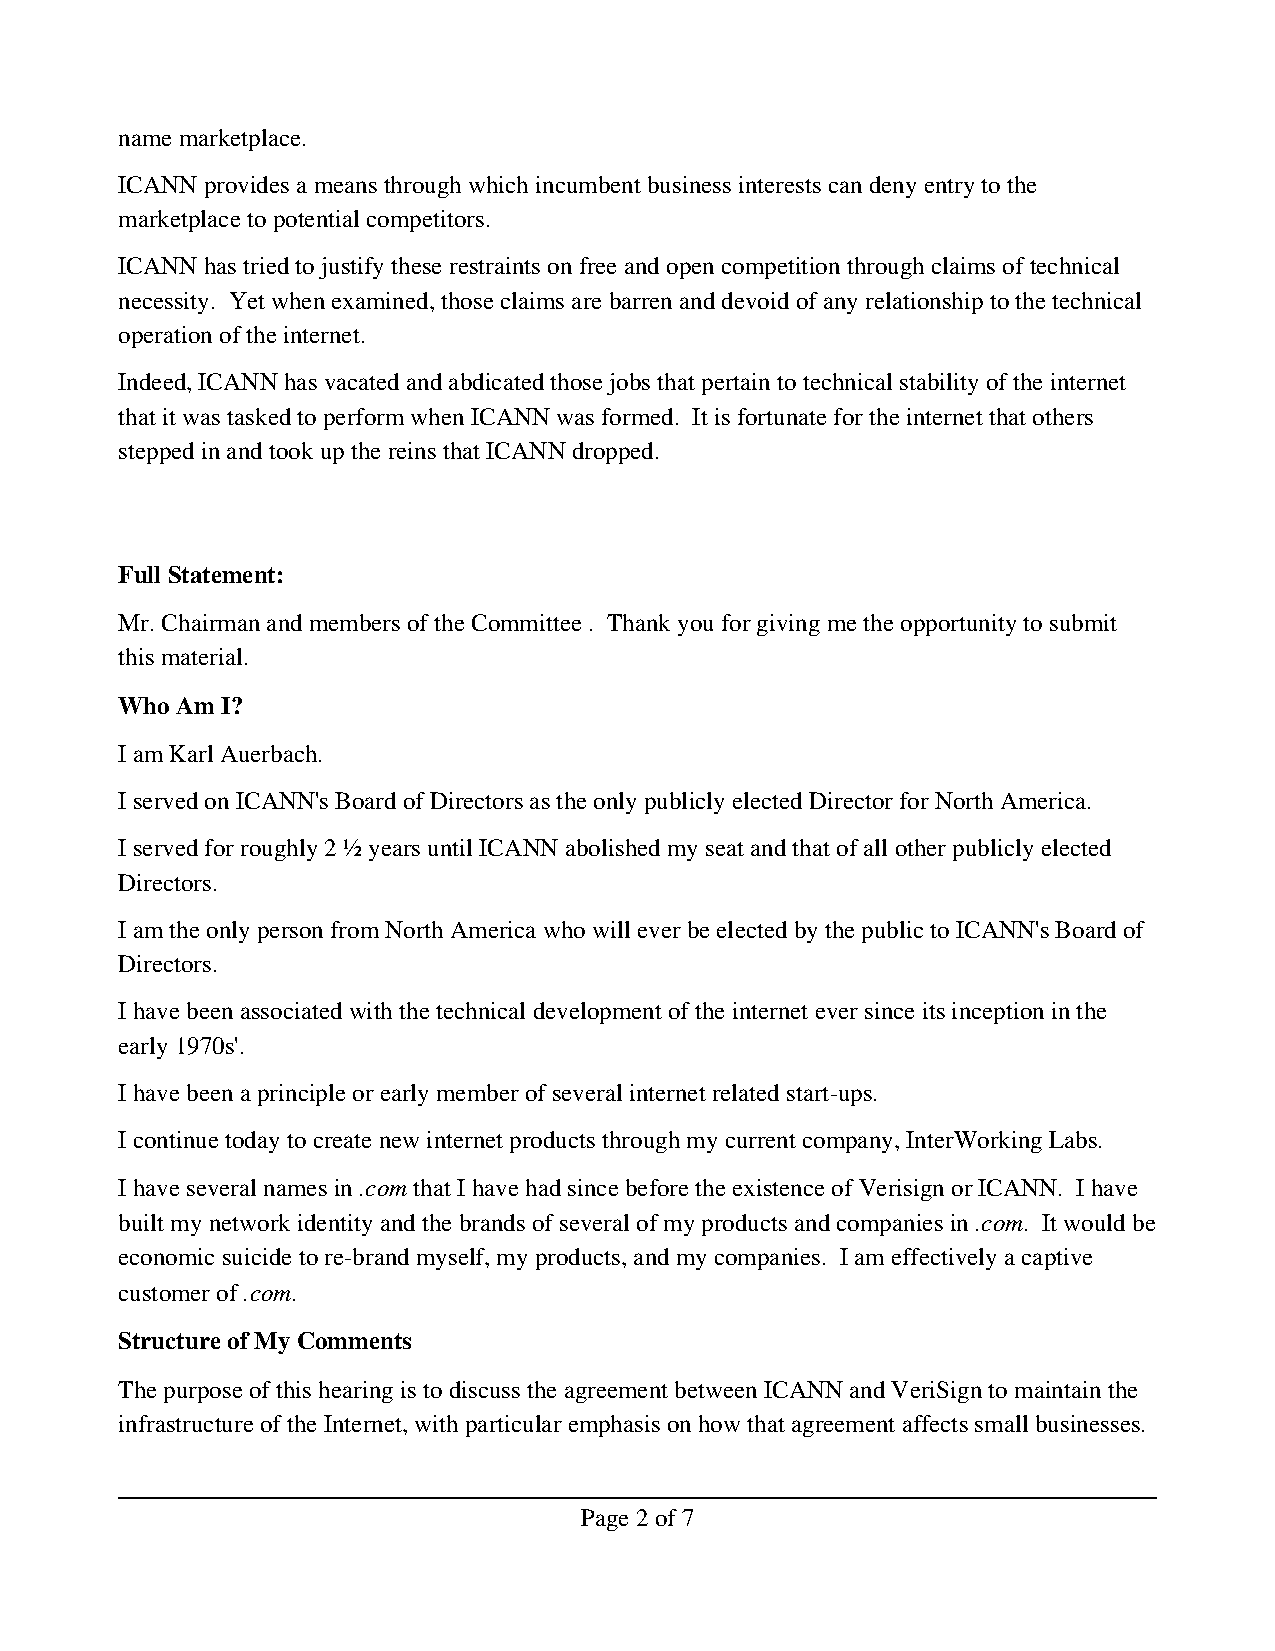
name marketplace.
 ICANN provides a means through which incumbent business interests can deny entry to the
 marketplace to potential competitors.
 ICANN has tried to justify these restraints on free and open competition through claims of technical
 necessity. Yet when examined, those claims are barren and devoid of any relationship to the technical
 operation of the internet.
 Indeed, ICANN has vacated and abdicated those jobs that pertain to technical stability of the internet
 that it was tasked to perform when ICANN was formed. It is fortunate for the internet that others
 stepped in and took up the reins that ICANN dropped.
 Full Statement:
 Mr. Chairman and members of the Committee . Thank you for giving me the opportunity to submit
 this material.
 Who Am I?
 I am Karl Auerbach.
 I served on ICANN's Board of Directors as the only publicly elected Director for North America.
 I served for roughly 2 ½ years until ICANN abolished my seat and that of all other publicly elected
 Directors.
 I am the only person from North America who will ever be elected by the public to ICANN's Board of
 Directors.
 I have been associated with the technical development of the internet ever since its inception in the
 early 1970s'.
 I have been a principle or early member of several internet related start­ups.
 I continue today to create new internet products through my current company, InterWorking Labs.
 I have several names in .com that I have had since before the existence of Verisign or ICANN. I have
 built my network identity and the brands of several of my products and companies in .com. It would be
 economic suicide to re­brand myself, my products, and my companies. I am effectively a captive
 customer of .com.
 Structure of My Comments
 The purpose of this hearing is to discuss the agreement between ICANN and VeriSign to maintain the
 infrastructure of the Internet, with particular emphasis on how that agreement affects small businesses.
 Page 2 of 7